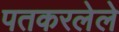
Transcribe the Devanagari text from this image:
पतकरलेले